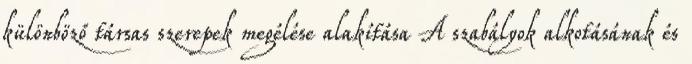
különböző társas szerepek megélése alakítása A szabályok alkotásának és